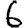
Digit: 6